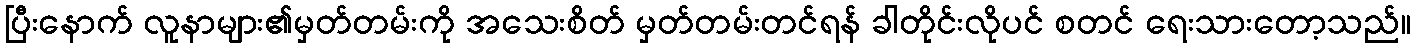
ပြီးနောက် လူနာများ၏မှတ်တမ်းကို အသေးစိတ် မှတ်တမ်းတင်ရန် ခါတိုင်းလိုပင် စတင် ရေးသားတော့သည်။